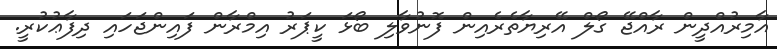
އާމިރުއްދީން ރާއްޖޭ ގޯލް އޭރިޔާތެރެއިން ފޮނުވާލި ބޯޅަ ކީޕަރު އިމްރާން ފައިންޖަހައި ދިފާޢުކުރީ.